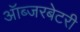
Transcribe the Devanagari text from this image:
ऑब्‍जरबेटरी